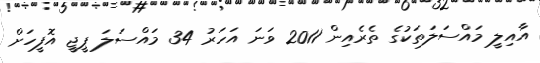
އާއިލީ މައްސަލަތަކުގެ ތެރެއިން 2011 ވަނަ އަހަރު 34 މައްސަލަ ޕީޖީ އޮފީހަށް